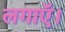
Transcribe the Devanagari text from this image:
लगाऍ।